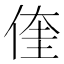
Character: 𮰀